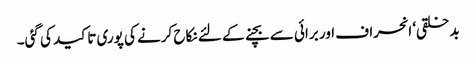
بدخلقی‘ انحراف اور برائی سے بچنے کے لئے نکاح کرنے کی پوری تاکید کی گئی۔